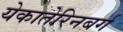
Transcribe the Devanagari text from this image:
येकातेरिनबर्ग